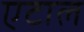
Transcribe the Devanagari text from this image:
एटाल